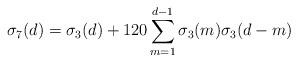
LaTeX: \begin{align*}\sigma_7(d) = \sigma_3(d) + 120 \sum_{m=1}^{d-1} \sigma_3(m)\sigma_3(d-m)\end{align*}